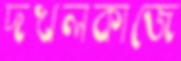
দখলকাজে